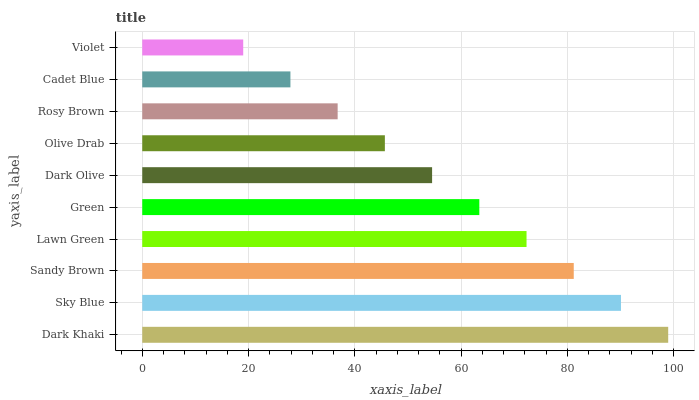
| yaxis_label | bars |
 | --- | --- |
 | Dark Khaki | 99 |
 | Sky Blue | 90.1 |
 | Sandy Brown | 81.2 |
 | Lawn Green | 72.3 |
 | Green | 63.4 |
 | Dark Olive | 54.6 |
 | Olive Drab | 45.7 |
 | Rosy Brown | 36.8 |
 | Cadet Blue | 27.9 |
 | Violet | 19 |